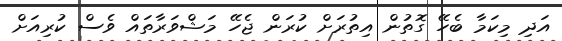
އަދި މިކަމާ ބެހޭ ގޮތުން އިތުރަށް ކުރަން ޖެހޭ މަޝްވަރާތައް ވެސް ކުރިއަށް